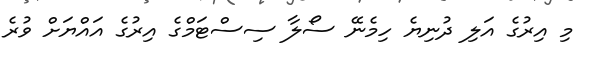
މި އިރުގެ އަލި ދުނިޔެ ހިމެނޭ ސޯލާ ސިސްޓަމްގެ އިރުގެ އައްޔަށް ވުރެ